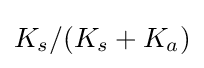
K_{s}/(K_{s}+K_{a})